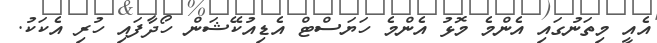
އެއީ މިތަނުގައި އެންމެ މޮޅު އެންމެ ހަޔަސްޓް އެޑިއުކޭޝަން ހޯދާފައި ހުރި އެކަކު.